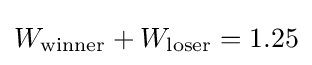
W_{\text{winner}}+W_{\text{loser}}=1.25